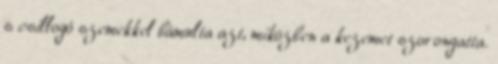
s csillogó szemekkel bámulta azt, miközben a kezemet szorongatta.